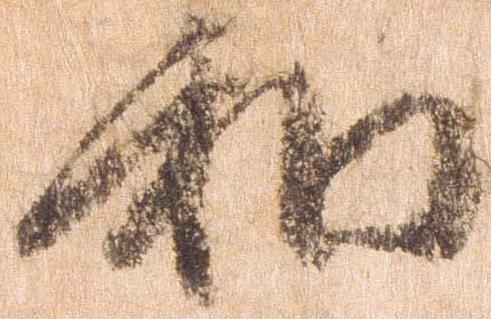
和